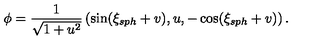
\phi = \frac { 1 } { \sqrt { 1 + u ^ { 2 } } } \left( \sin ( \xi _ { s p h } + v ) , u , - \cos ( \xi _ { s p h } + v ) \right) .